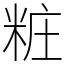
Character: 粧